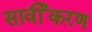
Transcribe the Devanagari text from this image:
सार्वीकरण